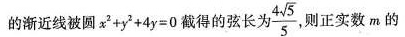
的渐近线被圆$$x ^ { 2 } + y ^ { 2 } + 4 y = 0$$截得的弦长为 \frac{4 \sqrt{5}}{5} 则正实数m的